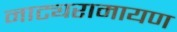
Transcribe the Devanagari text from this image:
नाट्यरामायण